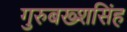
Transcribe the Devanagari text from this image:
गुरुबख्शसिंह